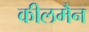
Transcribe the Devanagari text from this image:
कीलमैन